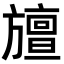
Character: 𭥆